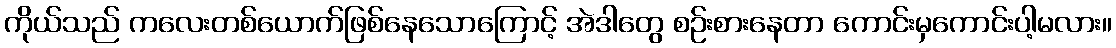
ကိုယ်သည် ကလေးတစ်ယောက်ဖြစ်နေသောကြောင့် အဲဒါတွေ စဉ်းစားနေတာ ကောင်းမှကောင်းပါ့မလား။